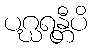
ပဂ္ဃရန္တီပိ